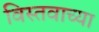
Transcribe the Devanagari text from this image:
विस्तवाच्या